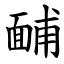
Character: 䩉